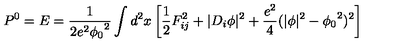
P ^ { 0 } = E = \frac { 1 } { 2 e ^ { 2 } { \phi _ { 0 } } ^ { 2 } } \int d ^ { 2 } x \left[ \frac { 1 } { 2 } F _ { i j } ^ { 2 } + \vert D _ { i } \phi \vert ^ { 2 } + \frac { e ^ { 2 } } { 4 } ( \vert \phi \vert ^ { 2 } - { \phi _ { 0 } } ^ { 2 } ) ^ { 2 } \right]